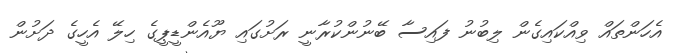
އެހަންތައް ވިއްކައިގެން ލިބުނު ފައިސާ ބޭނުންކުރާނީ ރަށުގައި ޔޫއެންޑީޕީގެ ހިލޭ އެހީގެ ދަށުން